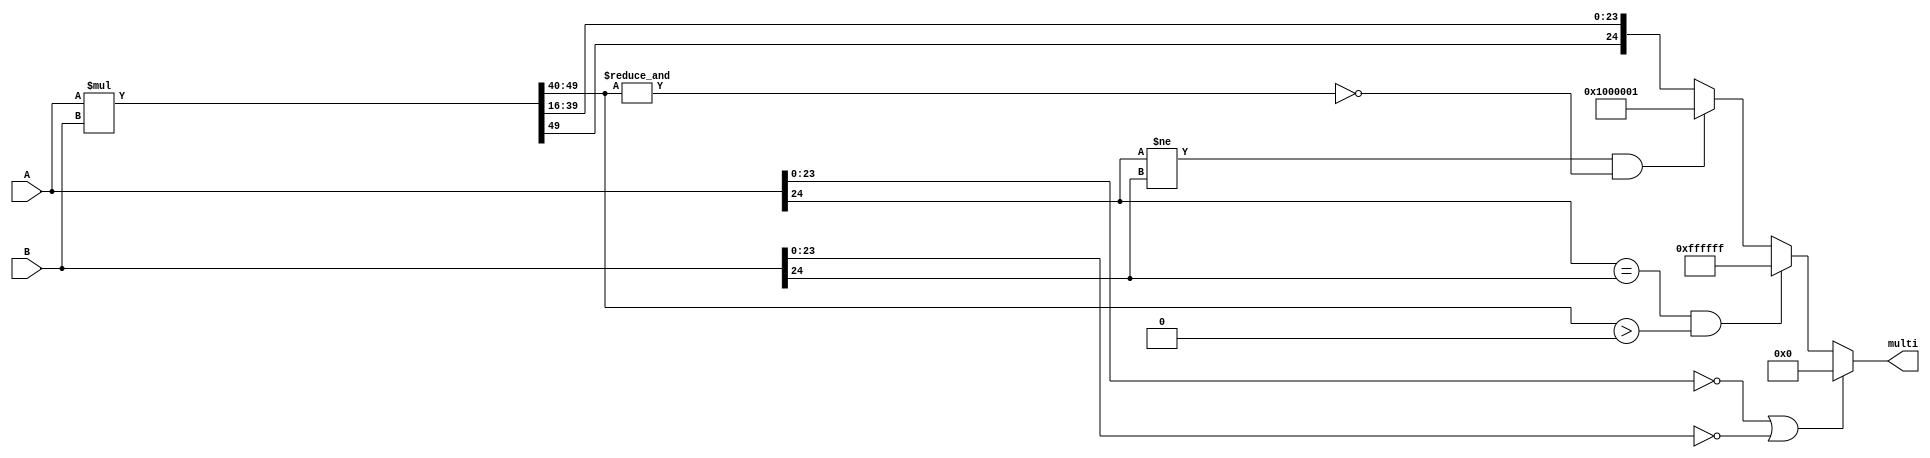
module Multiplicacion
#(parameter Magnitud = 8, Decimal = 16) // se establecen los parametros del modulo 
(
	input wire signed[N-1:0]A,B,
	output reg signed[N-1:0]multi
    );
	 
	 localparam  N = (Decimal + Magnitud + 1),
					 M = (2**(N-1)-1),
					 m = (2**(N-1)+1),
					 maximo = M[N-1:0],
					 minimo = m[N-1:0];
					 
reg signed[2*N-1:0]MultiAux;
reg overflow, underflow;
always @*
	begin
	MultiAux =A*B;
		if ((A[N-2:0] == 0) || (B[N-2:0] == 0))
			multi = 0;
		else
		begin
			if ((A[N-1] == B[N-1]) && ((MultiAux[2*N-1:(Magnitud+Decimal+Decimal)] > 0)))
				multi = maximo;
			else if  ((A[N-1] != B[N-1]) && (~(&(MultiAux[2*N-1:(Magnitud+Decimal+Decimal)])) == 1'b1))
				multi = minimo;
			else
				multi = {MultiAux[2*N-1], MultiAux[(Magnitud+Decimal+Decimal-1):Decimal]};
		end
	end
endmodule